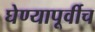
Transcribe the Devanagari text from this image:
घेण्यापूर्वीच